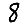
Digit: 8